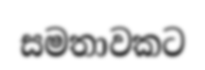
සමතාවකට